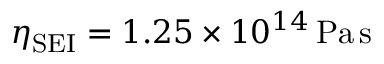
\eta _ { \mathrm { S E I } } = 1 . 2 5 \times 1 0 ^ { 1 4 } \, \mathrm { P a \, s }